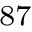
^ { 8 7 }